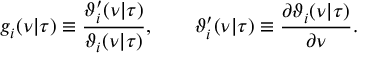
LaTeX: g _ { i } ( \nu | \tau ) \equiv { \frac { \vartheta _ { i } ^ { \prime } ( \nu | \tau ) } { \vartheta _ { i } ( \nu | \tau ) } } , \qquad \vartheta _ { i } ^ { \prime } ( \nu | \tau ) \equiv { \frac { \partial \vartheta _ { i } ( \nu | \tau ) } { \partial \nu } } .